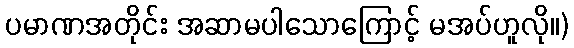
ပမာဏအတိုင်း အဆာမပါသောကြောင့် မအပ်ဟူလို။)